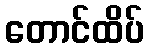
တောင်ထိပ်